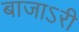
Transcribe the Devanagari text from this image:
बाजाऽरी